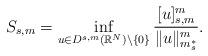
LaTeX: \begin{align*}S_{s,m} = \displaystyle\inf_{u \in D^{s,m}(\mathbb{R}^N) \backslash \{0 \}} \frac{ [ u ]_{s,m} ^m}{ \Vert u \Vert_{m^*_{s}}^m}.\end{align*}